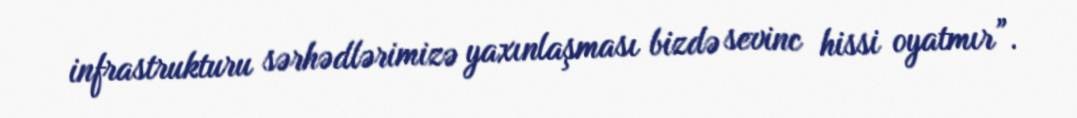
infrastrukturu sərhədlərimizə yaxınlaşması bizdə sevinc hissi oyatmır”.